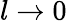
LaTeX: l\rightarrow 0